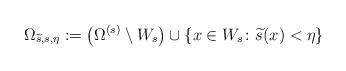
LaTeX: \begin{align*}\Omega_{\widetilde{s},{s},{\eta}}:=\left({\Omega^{(s)}}\setminus{W_s}\right)\cup\{x\in{W_s}\colon\widetilde{s}(x)<\eta\}\end{align*}